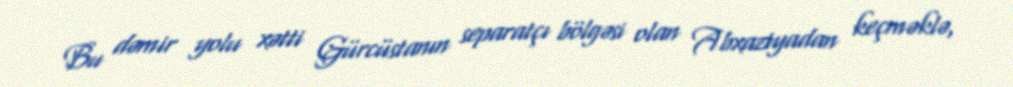
Bu dəmir yolu xətti Gürcüstanın separatçı bölgəsi olan Abxaziyadan keçməklə,